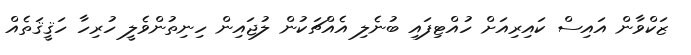
ޒަކްވާން އައިސް ކައިރިއަށް ހުއްޓިފައި ބުނެލި އެއްޗަކުން ލުޖައިން ހިނިތުންވެލީ ހުރިހާ ހަޤީޤަތެއް